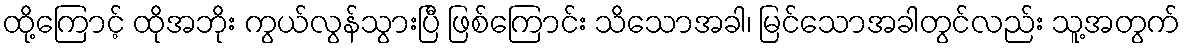
ထို့ကြောင့် ထိုအဘိုး ကွယ်လွန်သွားပြီ ဖြစ်ကြောင်း သိသောအခါ၊ မြင်သောအခါတွင်လည်း သူ့အတွက်